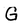
Character: G